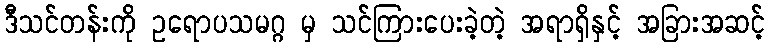
ဒီသင်တန်းကို ဥရောပသမဂ္ဂ မှ သင်ကြားပေးခဲ့တဲ့ အရာရှိနှင့် အခြားအဆင့်